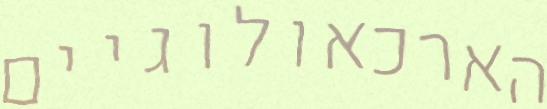
הארכאולוגיים